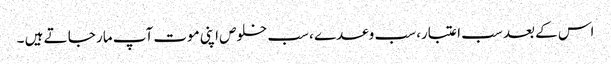
اس کے بعد سب اعتبار، سب وعدے ، سب خلوص اپنی موت آپ مار جا تے ہیں ۔